Indian journal of veterinary science and animal husbandry - Volume 14,
Year: 1944
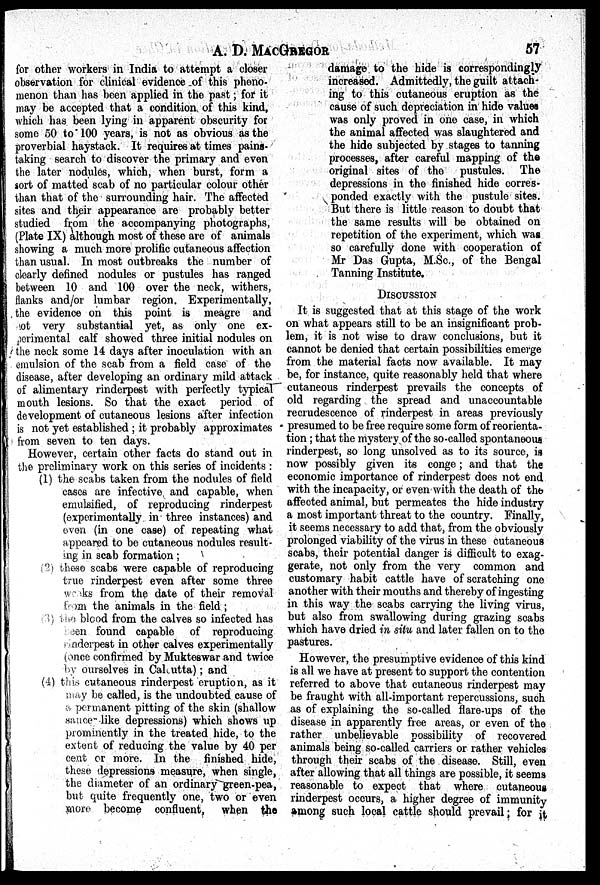
A. D.
MACGREGOR
57
for other workers in India to attempt a closer
observation for clinical evidence of this pheno-
menon than has been applied in the past ; for it
may be accepted that a condition, of this kind,
which has been lying in apparent obscurity for
some 50 to 100 years, is not as obvious as the
proverbial haystack. It requires at times pains-
taking search to discover the primary and even
the later nodules, which, when burst, form a
sort of matted scab of no particular colour other
than that of the surrounding hair. The affected
sites and their appearance are probably better
studied from the accompanying photographs,
(Plate IX) although most of these are of animals
showing a much more prolific cutaneous affection
than usual. In most outbreaks the number of
clearly defined nodules or pustules has ranged
between 10 and 100 over the neck, withers,
flanks and/or lumbar region. Experimentally,
the evidence on this point is meagre and
ot very substantial yet, as only one ex-
perimental calf showed three initial nodules on
the neck some 14 days after inoculation with an
emulsion of the scab from a field case of the
disease, after developing an ordinary mild attack
of alimentary rinderpest with perfectly typical
mouth lesions. So that the exact period of
development of cutaneous lesions after infection
is not yet established ; it probably approximates
from seven to ten days.
However, certain other facts do stand out in
the preliminary work on this series of incidents :
(1) the scabs taken from the nodules of field
cases are infective and capable, when
emulsified, of reproducing rinderpest
(experimentally in three instances) and
even (in one case) of repeating what
appeared to be cutaneous nodules result-
ing in scab formation ;
(2) these scabs were capable of reproducing
true rinderpest even after some three
works from the date of their removal
from the animals in the field ;
(3) The blood from the calves so infected has
been found capable of reproducing
rinderpest in other calves experimentally
(once confirmed by Mukteswar and twice
by ourselves in Calcutta) ; and
(4) this cutaneous rinderpest eruption, as it
may
be called, is the undoubted cause of
a permanent
pitting of the skin (shallow
sauce
like depressions) which shows up
prominently in the treated hide, to the
extent of reducing the value by 40 per
cent or more. In the finished hide,
these depressions measure, when single,
the diameter of an ordinary green-pea,
but quite frequently one, two or even
more become confluent,
when the
damage to the hide is correspondingly
increased. Admittedly, the guilt attach-
ing to this cutaneous eruption as the
cause of such depreciation in hide values
was only proved in one case, in which
the animal affected was slaughtered and
the hide subjected by stages to tanning
processes, after careful mapping of the
original sites of the pustules. The
depressions in the finished hide corres-
ponded exactly with the pustule sites.
But there is little reason to doubt that
the same results will be obtained on
repetition of the experiment, which was
so carefully done with cooperation of
Mr Das Gupta, M.Sc., of the Bengal
Tanning Institute.
DISCUSSION
It is suggested that at this stage of the work
on what appears still to be an insignificant prob-
lem, it is not wise to draw conclusions, but it
cannot be denied that certain possibilities emerge
from the material facts now available. It may
be, for instance, quite reasonably held that where
cutaneous rinderpest prevails the concepts of
old regarding the spread and unaccountable
recrudescence of rinderpest in areas previously
presumed to be free require some form of reorienta-
tion ; that the mystery of the so-called spontaneous
rinderpest, so long unsolved as to its source, is
now possibly given its conge; and that the
economic importance of rinderpest does not end
with the incapacity, or even with the death of the
affected animal, but permeates the hide industry
a most important threat to the country. Finally,
it seems necessary to add that, from the obviously
prolonged viability of the virus in these cutaneous
scabs, their potential danger is difficult to exag-
gerate, not only from the very common and
customary habit cattle have of scratching one
another with their mouths and thereby of ingesting
in this way the scabs carrying the living virus,
but also from swallowing during grazing scabs
which have dried in situ and later fallen on to the
pastures.
However, the presumptive evidence of this kind
is all we have at present to support the contention
referred to above that cutaneous rinderpest may
be fraught with all-important repercussions, such
as of explaining the so-called flare-ups of the
disease in apparently free areas, or even of the
rather unbelievable possibility of recovered
animals being so-called carriers or rather vehicles
through their scabs of the disease. Still, even
after allowing that all things are possible, it seems
reasonable to expect that where cutaneous
rinderpest occurs, a higher degree of immunity
among such local cattle should prevail; for it